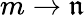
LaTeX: m\rightarrow\mathfrak{n}